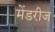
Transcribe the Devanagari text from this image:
मेंडरीज